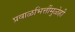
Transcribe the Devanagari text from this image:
प्रवाळभित्तींमुळेही